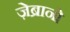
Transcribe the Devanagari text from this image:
ज़ेब्रानो